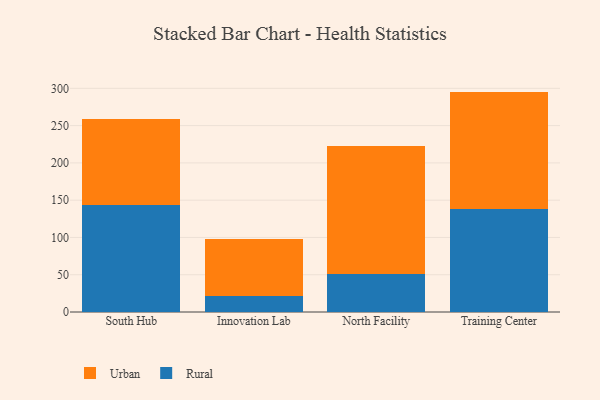
{"axis": {"x": "Campus", "y": "Operating Costs (USD K)"}, "legend": ["Rural", "Urban"], "data": [{"x": "South Hub", "y": 143.5, "type": "Rural"}, {"x": "South Hub", "y": 114.9, "type": "Urban"}, {"x": "Innovation Lab", "y": 21.8, "type": "Rural"}, {"x": "Innovation Lab", "y": 76.5, "type": "Urban"}, {"x": "North Facility", "y": 51.4, "type": "Rural"}, {"x": "North Facility", "y": 171.3, "type": "Urban"}, {"x": "Training Center", "y": 138.4, "type": "Rural"}, {"x": "Training Center", "y": 157.2, "type": "Urban"}]}